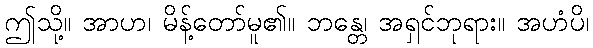
ဤသို့။ အာဟ၊ မိန့်တော်မူ၏။ ဘန္တေ၊ အရှင်ဘုရား။ အဟံပိ၊